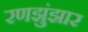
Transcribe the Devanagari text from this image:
रणझुंझार